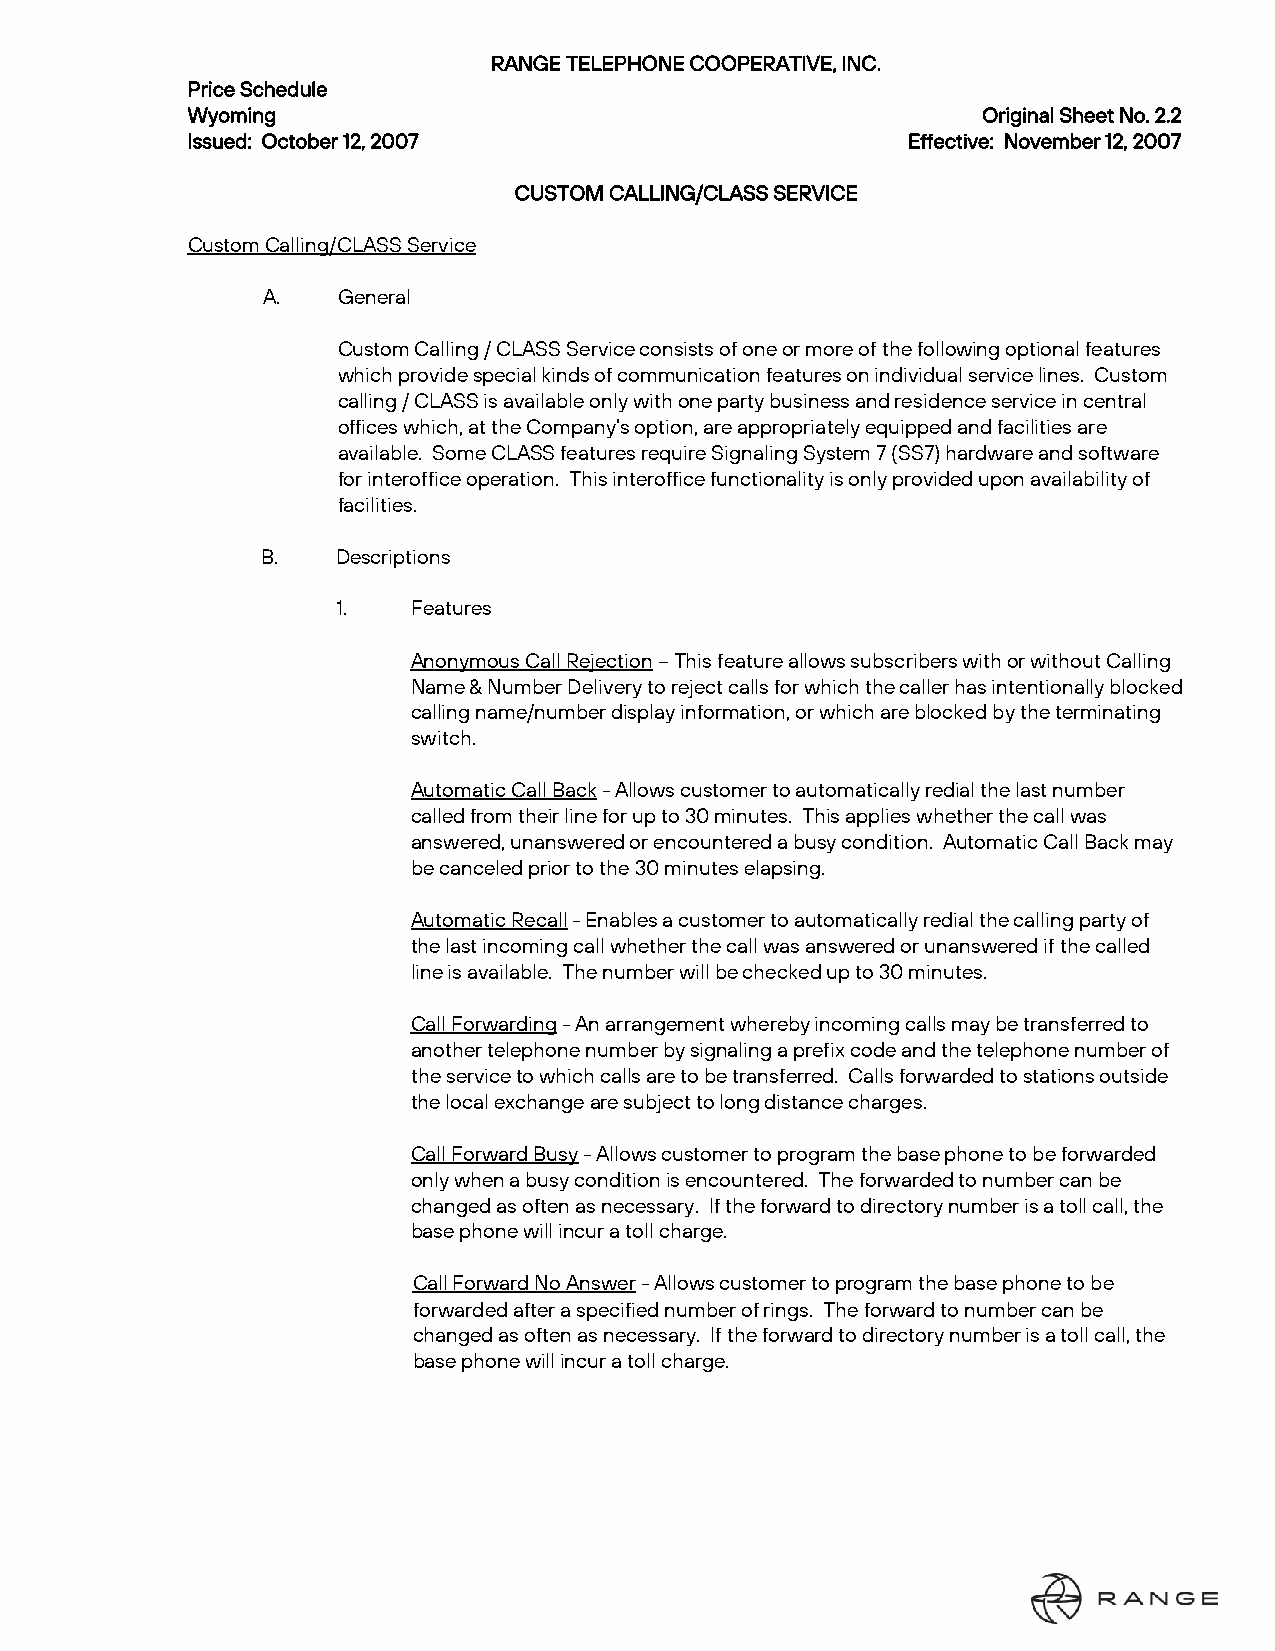
RANGE TELEPHONE COOPERATIVE, INC.
 Price Schedule
 Wyoming                                              Original Sheet No. 2.2
 Issued: October 12, 2007                        Effective: November 12, 2007
 CUSTOM CALLING/CLASS SERVICE
 Custom Calling/CLASS Service
 A.   General
 Custom Calling / CLASS Service consists of one or more of the following optional features
 which provide special kinds of communication features on individual service lines. Custom
 calling / CLASS is available only with one party business and residence service in central
 offices which, at the Company’s option, are appropriately equipped and facilities are
 available. Some CLASS features require Signaling System 7 (SS7) hardware and software
 for interoffice operation. This interoffice functionality is only provided upon availability of
 facilities.
 B.   Descriptions
 1.   Features
 Anonymous Call Rejection – This feature allows subscribers with or without Calling
 Name & Number Delivery to reject calls for which the caller has intentionally blocked
 calling name/number display information, or which are blocked by the terminating
 switch.
 Automatic Call Back - Allows customer to automatically redial the last number
 called from their line for up to 30 minutes. This applies whether the call was
 answered, unanswered or encountered a busy condition. Automatic Call Back may
 be canceled prior to the 30 minutes elapsing.
 Automatic Recall - Enables a customer to automatically redial the calling party of
 the last incoming call whether the call was answered or unanswered if the called
 line is available. The number will be checked up to 30 minutes.
 Call Forwarding - An arrangement whereby incoming calls may be transferred to
 another telephone number by signaling a prefix code and the telephone number of
 the service to which calls are to be transferred. Calls forwarded to stations outside
 the local exchange are subject to long distance charges.
 Call Forward Busy - Allows customer to program the base phone to be forwarded
 only when a busy condition is encountered. The forwarded to number can be
 changed as often as necessary. If the forward to directory number is a toll call, the
 base phone will incur a toll charge.
 Call Forward No Answer - Allows customer to program the base phone to be
 forwarded after a specified number of rings. The forward to number can be
 changed as often as necessary. If the forward to directory number is a toll call, the
 base phone will incur a toll charge.